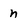
Character: n